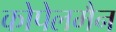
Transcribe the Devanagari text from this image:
कोपेलमैन